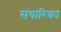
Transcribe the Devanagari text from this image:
संचारिका